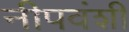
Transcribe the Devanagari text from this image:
नीपवंशी